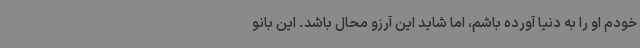
خودم او را به دنیا آورده باشم، اما شاید این آرزو محال باشد. این بانو